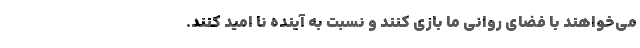
می‌خواهند با فضای روانی ما بازی کنند و نسبت به آینده نا امید کنند.